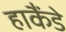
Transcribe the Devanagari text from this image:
हाकैंडे